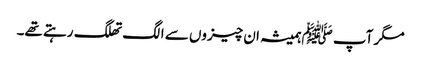
مگر آپ ﷺہمیشہ ان چیزوں سے الگ تھلگ رہتے تھے۔